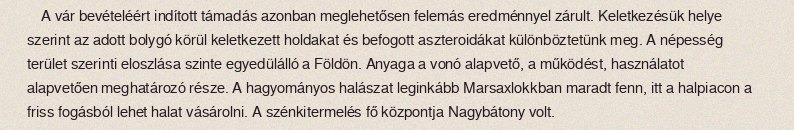
A vár bevételéért indított támadás azonban meglehetősen felemás eredménnyel zárult. Keletkezésük helye szerint az adott bolygó körül keletkezett holdakat és befogott aszteroidákat különböztetünk meg. A népesség terület szerinti eloszlása szinte egyedülálló a Földön. Anyaga a vonó alapvető, a működést, használatot alapvetően meghatározó része. A hagyományos halászat leginkább Marsaxlokkban maradt fenn, itt a halpiacon a friss fogásból lehet halat vásárolni. A szénkitermelés fő központja Nagybátony volt.